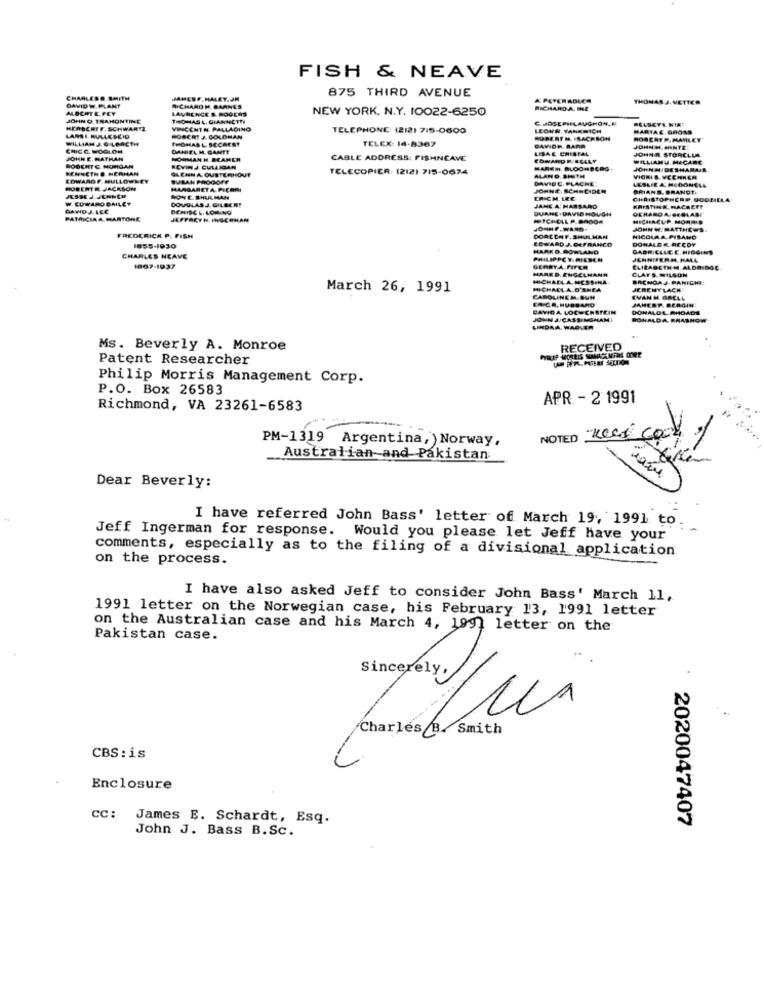
FISH & NEAVE
875 THIRD AVENUE
CHARLESS. SMITH
JAMESF. HALEY.JM
K PETERADLER
THOMAS J. VETTER
THONA
ETTER
ALOCHTE.FEY
DAVID W. PLANT
RICHARD M. BARNES
LAURENCE B. ROGERS
NEW YORK, N.Y. 10022-6250
RICHARD A. SHE
JOHN D. TRAMONTINE
THOMAS L. GIANNCITY
HERBERTF. SCHWARTZ
VINCENT H. PALLADINO
TELEPHONE: (212) 715-0600
LEOHR. YANAMICH
MARIAE GROSS
LARSE MALESEID
WILLIAM J.G.LOACTH
THOMAS L. SECAEST
ROBERT J. GOLDMAN
TELEX: 14-8367
ROBERTM ISACKSON
ROBERT P. MARILET
CRIC G. WOGLON
DANIEL M. GANTT
LISAE CRISTAL
JOHN H.HONTE:
JOHN A. STORELLA
JOHN E. MATHAN
NORMAN H. BEAMER
CABLE ADDRESS: FISHNCAVE
EDWARD P. EELLY
WILLIAMU MECARE
BOSCHTC MORGAN
RENNETH @. HERHAN
ROVINJ. CULLIGAN
GLENNA OUSTERHONE
TELECOPIER: (212) 715-0674
MARCH. BLOOMBERG
JOHNH DESMARAIS
EOWAROF. NULLOWNEY
BULAN PROGOFF
DAVIDE. PLACHE
ALANO SMITH
ROBERT R JACKSON
MARGARETA. P.COMI
JOHNE, SCHNEIDER
BRIAN S. BRANDT.
₩. COWARD BAILEY
ASSE J.JENNER
DOUGLASJ. GILBERT
RONE. SHULMAN
ERICH. LEC
CHRISTOPHCRE GOODILLA
DAWID J.LCC
JANE A: MASSARO
KRISTINE HACREFT
GERABOA DEBLASI
PAMICIA A. MARTONE
JEFFACTH. IHOCHMAN
MITCHELL P.BR008
JOHN W. MATTHEWS.
FREDCRICK P. FISH
EDWARD J. DEFRANCO
DORCONF. SHULMAN
DONALD K.ACCDY
A.PISANO
1855-1930
HARKO. BOWLAND
GABRIELLE E. HIGGINS
CHARLES NEAVE
PHILIPPCY RIESEN
JENNIFERM. HALL
1867-1937
GERRYA FITER
HARK D. ENGELMANN
CLAYS.WILSON
ELIZABETH M. ALDRIDOC
MICHAELA.NCSS.HA.
BACHGAJ PANICHI:
March 26, 1991
MICHACLA O'SHEA
JEREMYLACH
ER CA. HUSSAMO
CAROLINEM.BUN
EVAN H GRELL
JAMESP. BERGIN
CAVIDA LOC-CHATEIN
DONALOL. RHOADS
JOHN JJCASSINGHAMI
RONALDA KRAB
LINDAA. WADVER
Ms. Beverly A. Monroe
RECEIVED
Patent Researcher
Philip Morris Management Corp.
P.O. Box 26583
APR - 2 1991
Richmond, VA 23261-6583
PM-1319 Argentina, Norway,
NOTED
news cook of
Australian and Pakistan
Dear Beverly:
I have referred John Bass' letter of March 19, 1991 to
Jeff Ingerman for response. Would you please let Jeff have your
comments, especially as to the filing of a divisional application
on the process.
I have also asked Jeff to consider John Bass' March 11,
1991 letter on the Norwegian case, his February 13, 1991 letter
on the Australian case and his March 4, 199 letter on the
Pakistan case.
.
Sincerely,
Charles B.Smith
CBS: is
Enclosure
CC:
James E. Schardt, Esq.
2020047407
John J. Bass B.Sc.